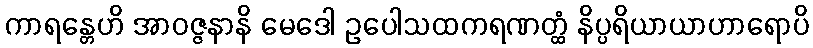
ကာရန္တေဟိ အာဝဇ္ဇနာနိ မေဒေါ ဥပေါသထကရဏတ္ထံ နိပ္ပရိယာယာဟာရောပိ